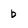
Character: b